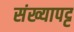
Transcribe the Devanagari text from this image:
संख्यापट्ट